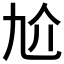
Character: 𠆷